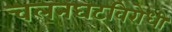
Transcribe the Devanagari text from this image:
चलनघटविरोधी